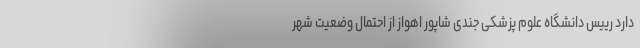
دارد رییس دانشگاه علوم پزشکی جندی شاپور اهواز از احتمال وضعیت شهر